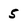
Character: 5